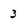
Character: 3